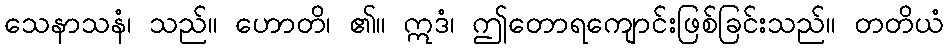
သေနာသနံ၊ သည်။ ဟောတိ၊ ၏။ ဣဒံ၊ ဤတောရကျောင်းဖြစ်ခြင်းသည်။ တတိယံ